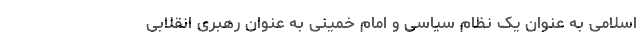
اسلامی به عنوان یک نظام سیاسی و امام خمینی به عنوان رهبری انقلابی